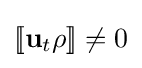
[\![\mathbf {u} _{t}\rho ]\!]\neq 0